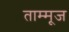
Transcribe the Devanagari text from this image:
ताम्मूज